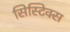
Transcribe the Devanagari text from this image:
सिस्टिक्स